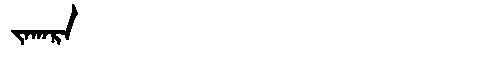
Manchu: ᠵᠠᡴᠠᡵᠠ
Romanization: JAKARA